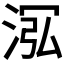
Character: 𣴦